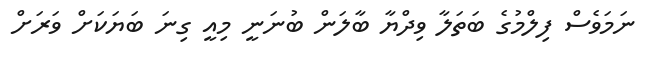
ނަމަވެސް ފިލްމުގެ ބަތަލާ ވިދްޔާ ބާލަން ބުނަނީ މިއީ ގިނަ ބަޔަކަށް ވަރަށް